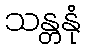
သန္တနုံ